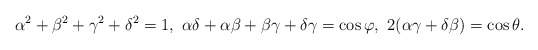
\begin{align*} \alpha^{2}+\beta^{2}+\gamma^{2}+\delta^{2}=1,\ \alpha\delta+\alpha\beta+\beta\gamma+\delta\gamma=\cos\varphi, \ 2(\alpha\gamma+\delta\beta)=\cos\theta.\end{align*}